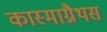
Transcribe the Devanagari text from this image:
कास्माग्नैथस